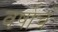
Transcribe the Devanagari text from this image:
वर्षाचं